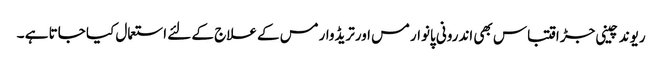
ریوند چینی جڑ اقتباس بھی اندرونی پانوارمس اورتریڈوارمس کے علاج کے لئے استعمال کیا جاتا ہے ۔